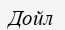
Дойл